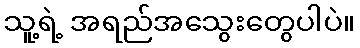
သူ့ရဲ့ အရည်အသွေးတွေပါပဲ။